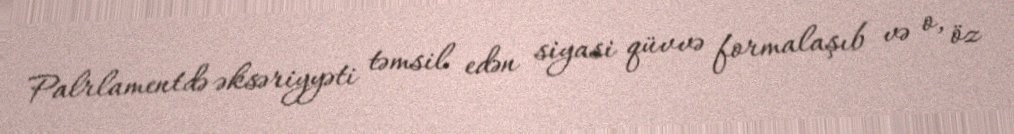
Palrlamentdə əksəriyyəti təmsil edən siyasi qüvvə formalaşıb və o, öz